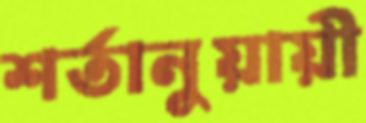
শর্তানুয়ায়ী